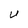
Character: U